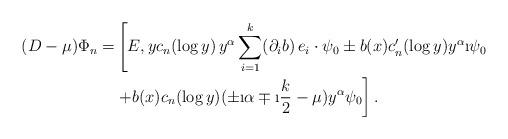
LaTeX: \begin{align*}(D-\mu)\Phi_n=& \left[E, y c_n(\log y)\,y^{\alpha}\sum_{i=1}^k(\partial_i b)\, e_i\cdot \psi_0 \pm b(x) c_n'(\log y) y^{\alpha}\i \psi_0\right.\\&\left. + b(x)c_n(\log y) (\pm \i\alpha \mp \i\frac{k}{2} - \mu) y^\alpha \psi_0\right]. \end{align*}